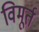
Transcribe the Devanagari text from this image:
विमूर्त